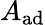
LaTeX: A_{\mathrm{ad}}